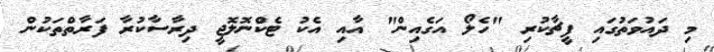
މި ދައުވަތުގައި ފީޗާކުރި "ހެލޯ އަގެއިން" އާއި އެކު ޓެކްނޮލޮޖީ ދިރާސާކުރާ ފަރާތްތަކުން